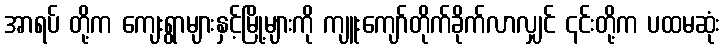
အာရပ် တို့က ကျေးရွာများနှင့်မြို့များကို ကျူးကျော်တိုက်ခိုက်လာလျှင် ၎င်းတို့က ပထမဆုံး